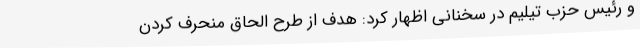
و رئیس حزب تیلیم در سخنانی اظهار کرد: هدف از طرح الحاق منحرف کردن